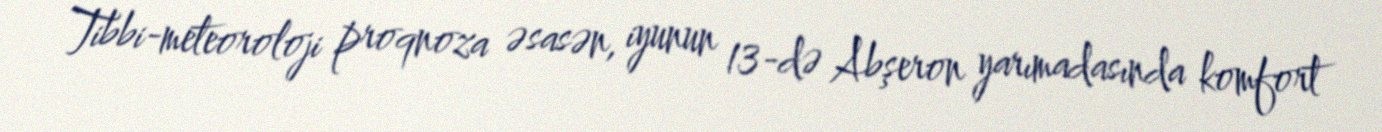
Tibbi-meteoroloji proqnoza əsasən, iyunun 13-də Abşeron yarımadasında komfort